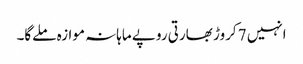
انہیں 7 کروڑ بھارتی روپے ماہانہ موازہ ملےگا۔